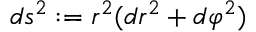
d s ^ { 2 } : = r ^ { 2 } ( d r ^ { 2 } + d \varphi ^ { 2 } )